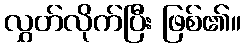
လွှတ်လိုက်ပြီး ဖြစ်၏။